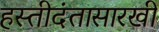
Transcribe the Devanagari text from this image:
हस्तीदंतासारखी